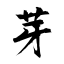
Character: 芽